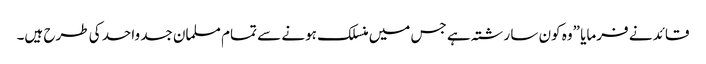
قائد نے فرمایا ”وہ کون سا رشتہ ہے جس میں منسلک ہونے سے تمام مسلمان جسد واحد کی طرح ہیں۔